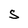
Character: S